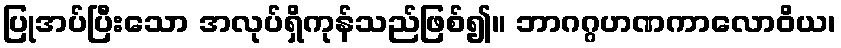
ပြုအပ်ပြီးသော အလုပ်ရှိကုန်သည်ဖြစ်၍။ ဘာဂဂ္ဂဟဏကာလောဝိယ၊